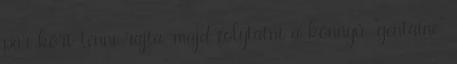
pár kört tenni rajta, majd folytatni a könnyű "gentaine"